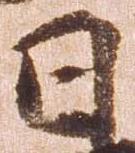
日